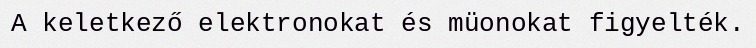
A keletkező elektronokat és müonokat figyelték.